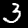
Digit: 3